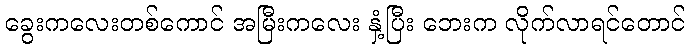
ခွေးကလေးတစ်ကောင် အမြီးကလေး နှံ့ပြီး ဘေးက လိုက်လာရင်တောင်